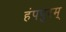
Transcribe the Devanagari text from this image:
हंपपुरम्